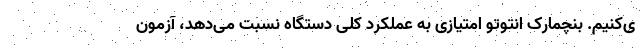
ی‌کنیم. بنچمارک انتوتو امتیازی به عملکرد کلی دستگاه نسبت می‌دهد، آزمون